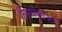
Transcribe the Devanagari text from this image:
लिगांत्मक